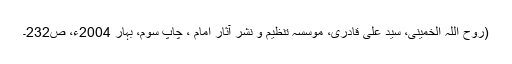
(روح اللہ الخمینی، سید علی قادری، موسسہ تنظیم و نشر آثار امام ، چاپ سوم، بہار 2004ء، ص232۔